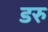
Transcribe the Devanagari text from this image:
डरु